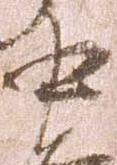
中